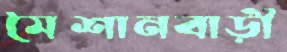
মৈশানবাড়ী